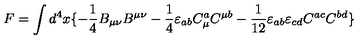
F = \int d ^ { 4 } x \{ - \frac { 1 } { 4 } B _ { \mu \nu } B ^ { \mu \nu } - \frac { 1 } { 4 } \varepsilon _ { a b } C _ { \mu } ^ { a } C ^ { \mu b } - \frac { 1 } { 1 2 } \varepsilon _ { a b } \varepsilon _ { c d } C ^ { a c } C ^ { b d } \}